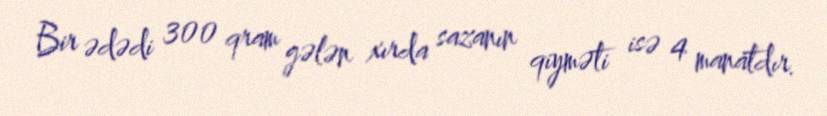
Bir ədədi 300 qram gələn xırda sazanın qiyməti isə 4 manatdır.